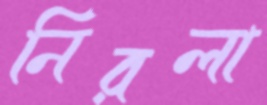
নিরলা